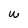
Character: w